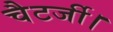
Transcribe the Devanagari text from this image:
चैटर्जी।